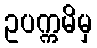
ဥပက္ကမိမှ